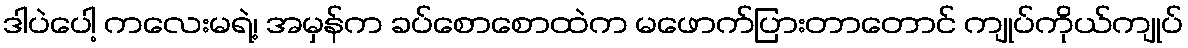
ဒါပဲပေါ့ ကလေးမရဲ့၊ အမှန်က ခပ်စောစောထဲက မဖောက်ပြားတာတောင် ကျုပ်ကိုယ်ကျုပ်